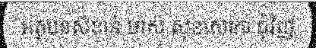
អត្ថបទសំខាន់ មាស សុខសោភា ជុំវិញ